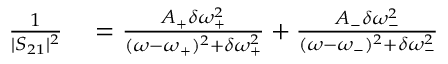
\begin{array} { r l } { \frac { 1 } { | S _ { 2 1 } | ^ { 2 } } } & { { } = \frac { A _ { + } \delta \omega _ { + } ^ { 2 } } { ( \omega - \omega _ { + } ) ^ { 2 } + \delta \omega _ { + } ^ { 2 } } + \frac { A _ { - } \delta \omega _ { - } ^ { 2 } } { ( \omega - \omega _ { - } ) ^ { 2 } + \delta \omega _ { - } ^ { 2 } } } \end{array}